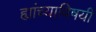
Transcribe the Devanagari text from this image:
ह्यांच्याविषयी